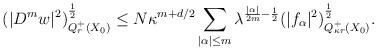
LaTeX: \begin{align*}&(|D^m w|^2)^{\frac{1}{2}}_{Q^+_r(X_0)}\le N\kappa^{m+d/2}\sum_{|\alpha|\le m}\lambda^{\frac{|\alpha|}{2m}-\frac{1}{2}}(|f_\alpha|^2)_{Q^+_{\kappa r}(X_0)}^{\frac{1}{2}}.\end{align*}